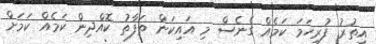
އިތުރު ފުރިހަމަ ކަމެއް ގެނެސް މި އައިކަން ތަފާތު ކޮއްދިން ކަމެއް ކަމަށް